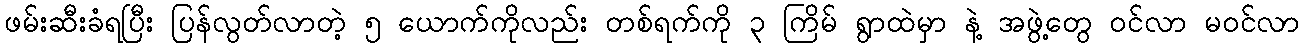
ဖမ်းဆီးခံရပြီး ပြန်လွတ်လာတဲ့ ၅ ယောက်ကိုလည်း တစ်ရက်ကို ၃ ကြိမ် ရွာထဲမှာ နဲ့ အဖွဲ့တွေ ဝင်လာ မဝင်လာ